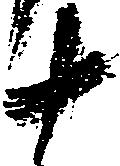
十